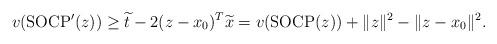
LaTeX: \begin{align*}v({\rm SOCP'}(z))\geq \widetilde{t}-2(z-x_0)^T\widetilde{x}=v({\rm SOCP}(z))+\|z\|^2-\|z-x_0\|^2.\end{align*}